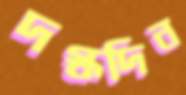
দগ্ধদিন